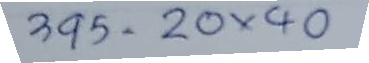
395 = 20 x 40